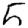
Digit: 5